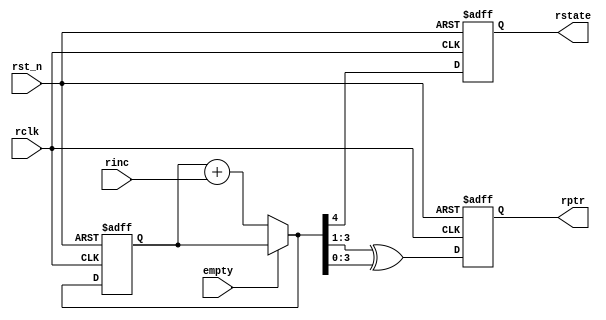
`timescale 1ns / 1ps
//////////////////////////////////////////////////////////////////////////////////
// Company: 
// Engineer: 
// 
// Design Name: 
// Module Name:    brptr 
// Project Name: 
// Target Devices: 
// Tool versions: 
// Description: 
//
// Dependencies: 
//
// Revision: 
// Revision 0.01 - File Created
// Additional Comments: 
//
//////////////////////////////////////////////////////////////////////////////////
module brptr (rptr,rstate,rclk,empty,rst_n,rinc);
  parameter size=4;
  output [size-1:0] rptr; 
  output rstate;
  input rclk,rst_n,empty,rinc;
  reg [size-1:0] rgray;
  reg [size:0] rbin5;
  wire [size:0] rbnext5;
  wire [size-1:0] rgnext,rbnext;
  wire [size-1:0] rptr;
  reg rstate;
  
  always @ (posedge rclk or negedge rst_n)
      begin
          if(!rst_n)  
              begin 
                  rbin5<=0;
                  rgray<=0;
                  rgray[size-1:0] <=0;
                  rstate <=0;          
              end
          else 
              begin 
                  rbin5<=rbnext5;
                  rgray<=rgnext;
                  rstate <= rbnext5[size];   //use the msb of bin as rstate
              end
      end 
//---------------------------------------------------------------
// increment the binary count if not empty
//---------------------------------------------------------------
  assign rbnext5 = !empty ? rbin5 + rinc : rbin5;
  assign rbnext = rbnext5[size-1:0];
  assign rgnext = (rbnext>>1) ^ rbnext; // binary-to-gray conversion
  assign rptr[size-1:0] = rgray[size-1:0];//use gray as the address of read data
endmodule